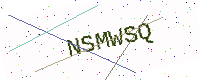
Text: NSMWSQ